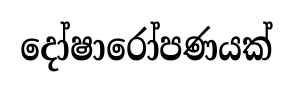
දෝෂාරෝපණයක්